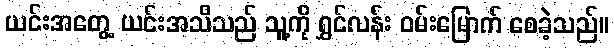
ယင်းအတွေ့ ယင်းအသိသည် သူ့ကို ရွှင်လန်း ဝမ်းမြောက် စေခဲ့သည်။